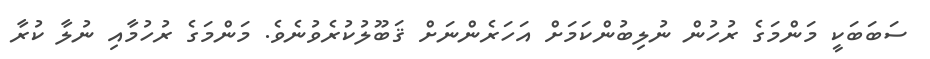
ސަބަބަކީ މަންމަގެ ރުހުން ނުލިބުންކަމަށް އަހަރެންނަށް ޤަބޫލުކުރެވުނެވެ. މަންމަގެ ރުހުމާއި ނުލާ ކުރާ